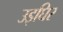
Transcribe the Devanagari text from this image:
उइघिर